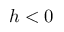
h < 0